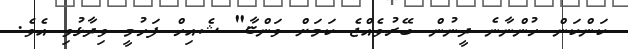
ކަންކަން ހުންނާނެ ދީނުން ބޭރުވެއްޖެ ކަމަށް ވަންޏާ" ޝެއިހް ފަހުމީ ވިދާޅުވި އެވެ.